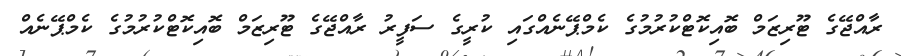
ރާއްޖޭގެ ޓޫރިޒަމް ބޮއިކޮޓްކުރުމުގެ ކެމްޕޭނެއްގައި ކުރީގެ ސަފީރު ރާއްޖޭގެ ޓޫރިޒަމް ބޮއިކޮޓްކުރުމުގެ ކެމްޕޭނެއް